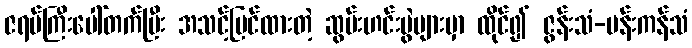
ဇရပ်ကြီးပေါ်တက်ပြီး အသင့်ပြင်ထားတဲ့ ဆွမ်းဟင်းပွဲများမှာ ထိုင်၍ ဇွန်းသံ-ပန်းကန်သံ